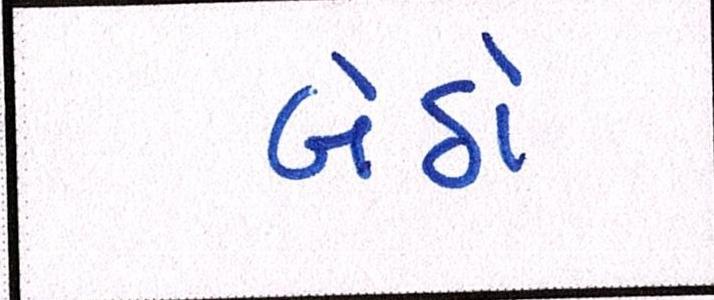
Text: બેઠો